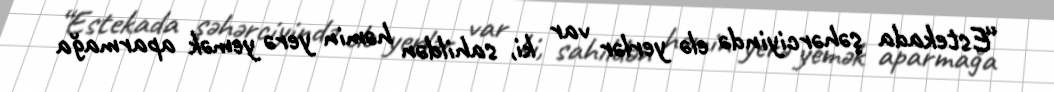
“Estekada şəhərciyində elə yerlər var ki, sahildən həmin yerə yemək aparmağa